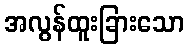
အလွန်ထူးခြားသော